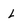
Character: L